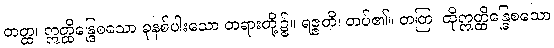
တတ္ထ၊ ဣတ္ထိန္ဒြေစသော ခုနစ်ပါးသော တရားတို့၌။ ရဇ္ဇတိ၊ တပ်၏။ တတြ၊ ထိုဣတ္ထိန္ဒြေစသော